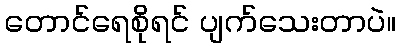
တောင်ရေစိုရင် ပျက်သေးတာပဲ။